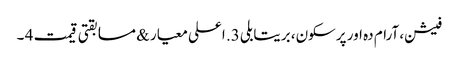
فیشن، آرام دہ اور پرسکون، بریتابلی 3. اعلی معیار & مسابقتی قیمت 4 ۔